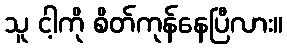
သူ ငါ့ကို စိတ်ကုန်နေပြီလား။